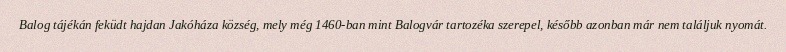
Balog tájékán feküdt hajdan Jakóháza község, mely még 1460-ban mint Balogvár tartozéka szerepel, később azonban már nem találjuk nyomát.